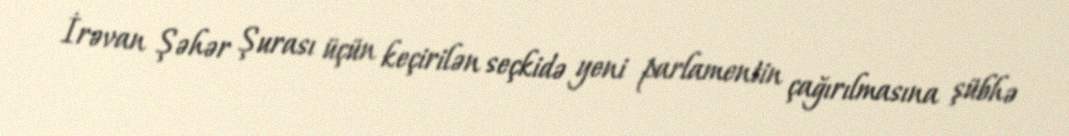
İrəvan Şəhər Şurası üçün keçirilən seçkidə yeni parlamentin çağırılmasına şübhə